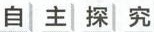
自主探究